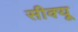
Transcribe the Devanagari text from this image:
सीक्यू